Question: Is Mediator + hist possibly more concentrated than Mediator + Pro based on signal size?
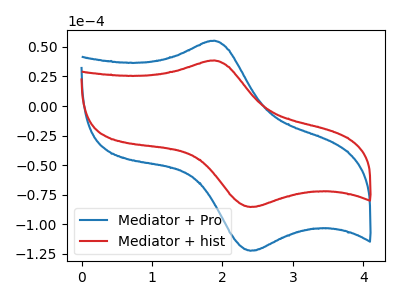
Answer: <think>The blue curve "Mediator + Pro" has an anodic peak at (1.90V, 55.30uA) and a cathodic peak at (2.40V, -122.55uA). The red curve "Mediator + hist" has an anodic peak at (1.90V, 38.60uA) and a cathodic peak at (2.40V, -85.50uA).
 All the peaks in "Mediator + hist" have a peak in "Mediator + Pro" at the same potential. Every peak in "Mediator + hist" is lower than every peak in "Mediator + Pro".</think>
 <answer>"Mediator + hist" has less signal than "Mediator + Pro".</answer>
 <eval>less_signal</eval>